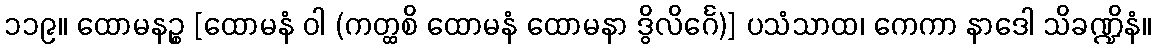
၁၁၉။ ထောမနဉ္စ [ထောမနံ ဝါ (ကတ္ထစိ ထောမနံ ထောမနာ ဒွိလိင်္ဂေ)] ပသံသာထ၊ ကေကာ နာဒေါ သိခဏ္ဍိနံ။